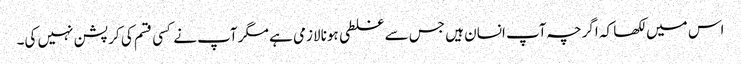
اس میں لکھا کہ اگرچہ آپ انسان ہیں جس سے غلطی ہونا لازمی ہے مگر آپ نے کسی قسم کی کرپشن نہیں کی۔